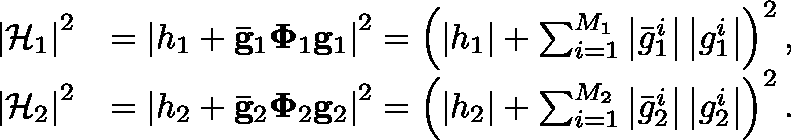
\begin{array} { r l } { \left| \mathcal { H } _ { 1 } \right| ^ { 2 } } & { = \left| h _ { 1 } + { \mathbf { \bar { g } } _ { 1 } \mathbf { \Phi } _ { 1 } \mathbf { g } _ { 1 } } \right| ^ { 2 } = \left( \left| h _ { 1 } \right| + \sum _ { i = 1 } ^ { M _ { 1 } } \left| \bar { g } _ { 1 } ^ { i } \right| \left| g _ { 1 } ^ { i } \right| \right) ^ { 2 } , } \\ { \left| \mathcal { H } _ { 2 } \right| ^ { 2 } } & { = \left| h _ { 2 } + { \mathbf { \bar { g } } _ { 2 } \mathbf { \Phi } _ { 2 } \mathbf { g } _ { 2 } } \right| ^ { 2 } = \left( \left| h _ { 2 } \right| + \sum _ { i = 1 } ^ { M _ { 2 } } \left| \bar { g } _ { 2 } ^ { i } \right| \left| g _ { 2 } ^ { i } \right| \right) ^ { 2 } . } \end{array}